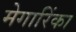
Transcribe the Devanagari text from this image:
मेगारिंका